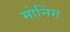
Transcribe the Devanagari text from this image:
मोनिंग